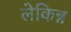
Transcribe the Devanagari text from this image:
लेकिन्न